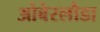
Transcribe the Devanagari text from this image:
ओबेरलौडा